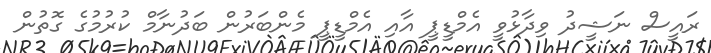
ރައީސް ނަޝީދު ވިދާޅުވީ އެމްޑީޕީ އާއި އެމްޑީޕީ މެންބަރުން ބަދުނާމް ކުރުމުގެ ގޮތުން